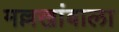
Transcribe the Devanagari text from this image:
मल्लखांबाला